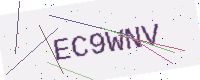
Text: EC9WNV